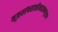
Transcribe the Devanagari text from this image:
मूळस्तंबसाळीमहात्म्यपुराण